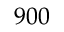
9 0 0